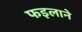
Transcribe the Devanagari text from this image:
फइलाने